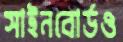
সাইনবোর্ডও